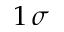
1 ~ \! \sigma